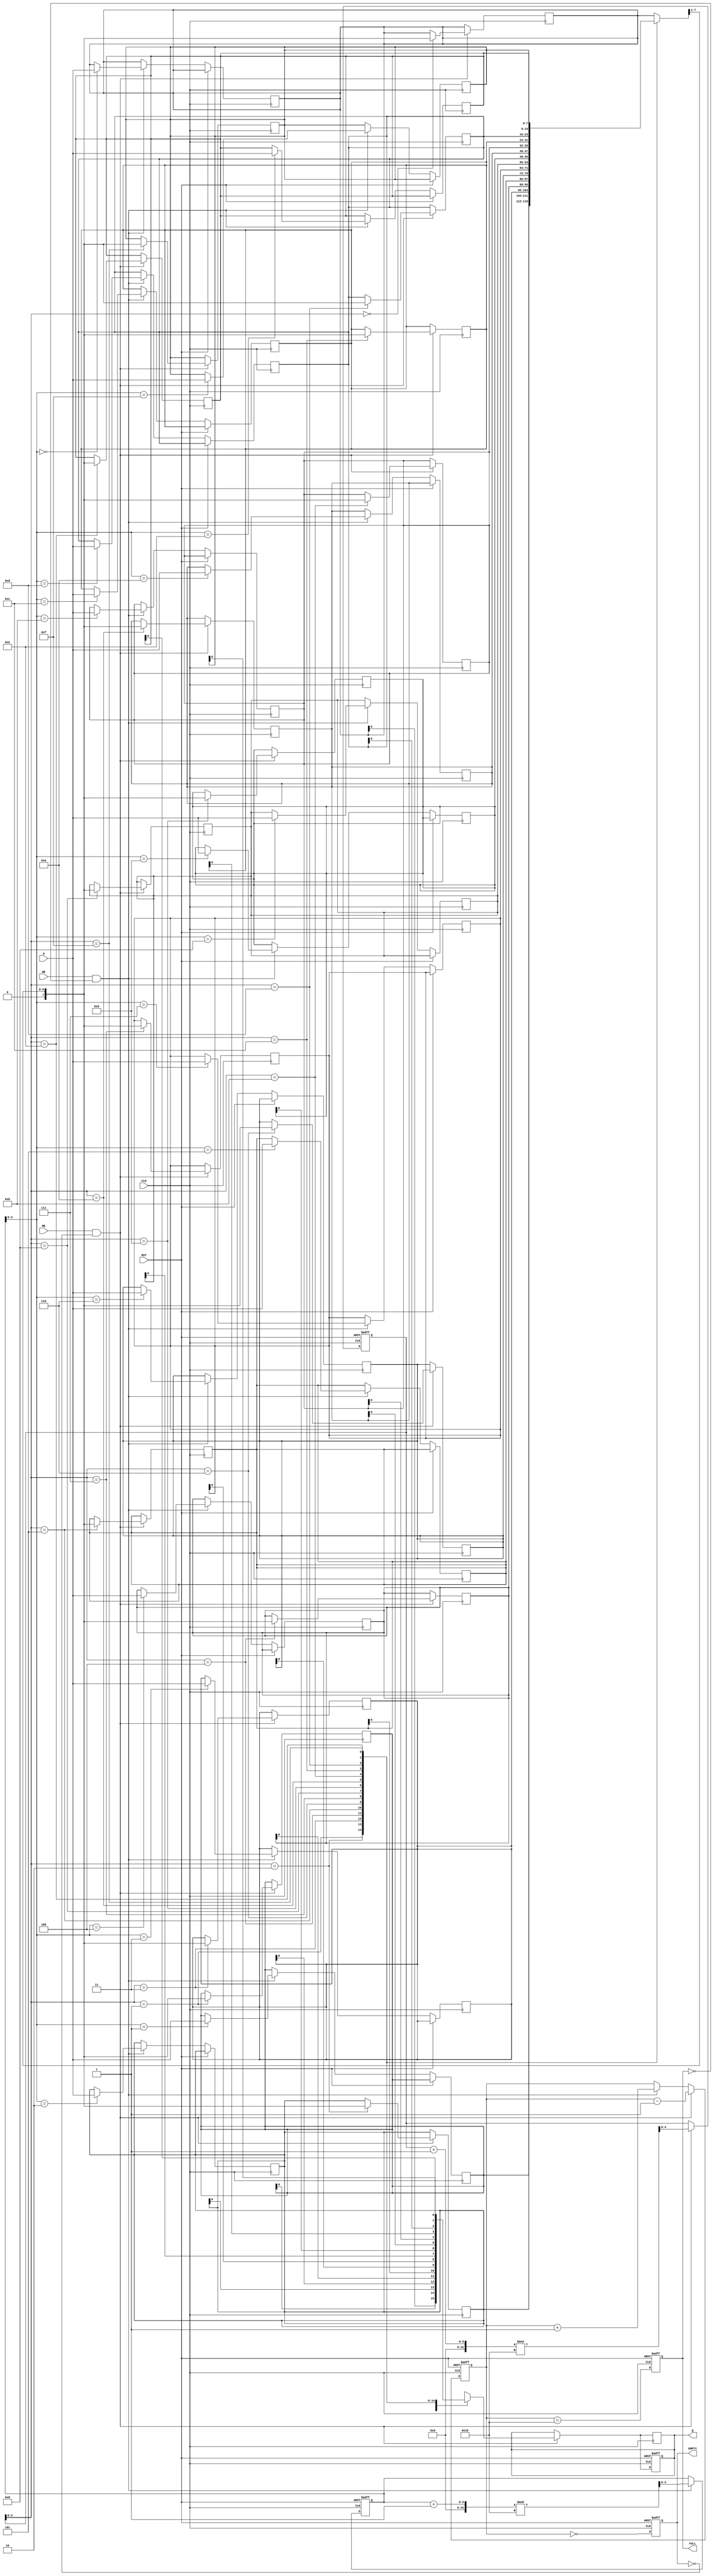
module FIFO_PISO #(
    parameter DATA_WIDTH = 8,  // Width of the parallel data input
    parameter FIFO_DEPTH = 16   // Depth of the FIFO
)(
    input  wire [DATA_WIDTH-1:0] D,   // Parallel Data Input
    input  wire WE,                    // Write Enable
    input  wire RE,                    // Read Enable
    input  wire CLK,                   // Clock
    input  wire RST,                   // Reset
    output reg  Q,                     // Serial Output
    output reg  FULL,                  // Full Flag
    output reg  EMPTY                  // Empty Flag
);

    // Internal storage for FIFO
    reg [DATA_WIDTH-1:0] fifo_mem [0:FIFO_DEPTH-1];
    reg [4:0] write_ptr;  // Write pointer (5 bits for depth of 16)
    reg [4:0] read_ptr;   // Read pointer (5 bits for depth of 16)
    reg [4:0] count;      // Count of elements in FIFO

    // Asynchronous reset and pointer management
    always @(posedge CLK or posedge RST) begin
        if (RST) begin
            write_ptr <= 0;
            read_ptr <= 0;
            count <= 0;
            FULL <= 0;
            EMPTY <= 1;
            Q <= 0;
        end else begin
            // Write operation
            if (WE && !FULL) begin
                fifo_mem[write_ptr] <= D; // Store data in FIFO
                write_ptr <= (write_ptr + 1) % FIFO_DEPTH; // Increment write pointer
                count <= count + 1; // Increment count
            end

            // Read operation
            if (RE && !EMPTY) begin
                Q <= fifo_mem[read_ptr][0]; // Output the least significant bit
                read_ptr <= (read_ptr + 1) % FIFO_DEPTH; // Increment read pointer
                count <= count - 1; // Decrement count
            end

            // Update FULL and EMPTY flags
            FULL <= (count == FIFO_DEPTH);
            EMPTY <= (count == 0);
        end
    end

    // Shift the output data for serial output
    always @(posedge CLK) begin
        if (!EMPTY && RE) begin
            // Shift the output for serial output
            Q <= fifo_mem[read_ptr][0]; // Output the least significant bit
            fifo_mem[read_ptr] <= {1'b0, fifo_mem[read_ptr][DATA_WIDTH-1:1]}; // Shift left
        end
    end

endmodule